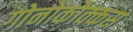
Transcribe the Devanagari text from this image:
गोनोकोक्कस